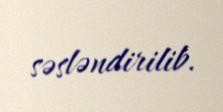
səsləndirilib.